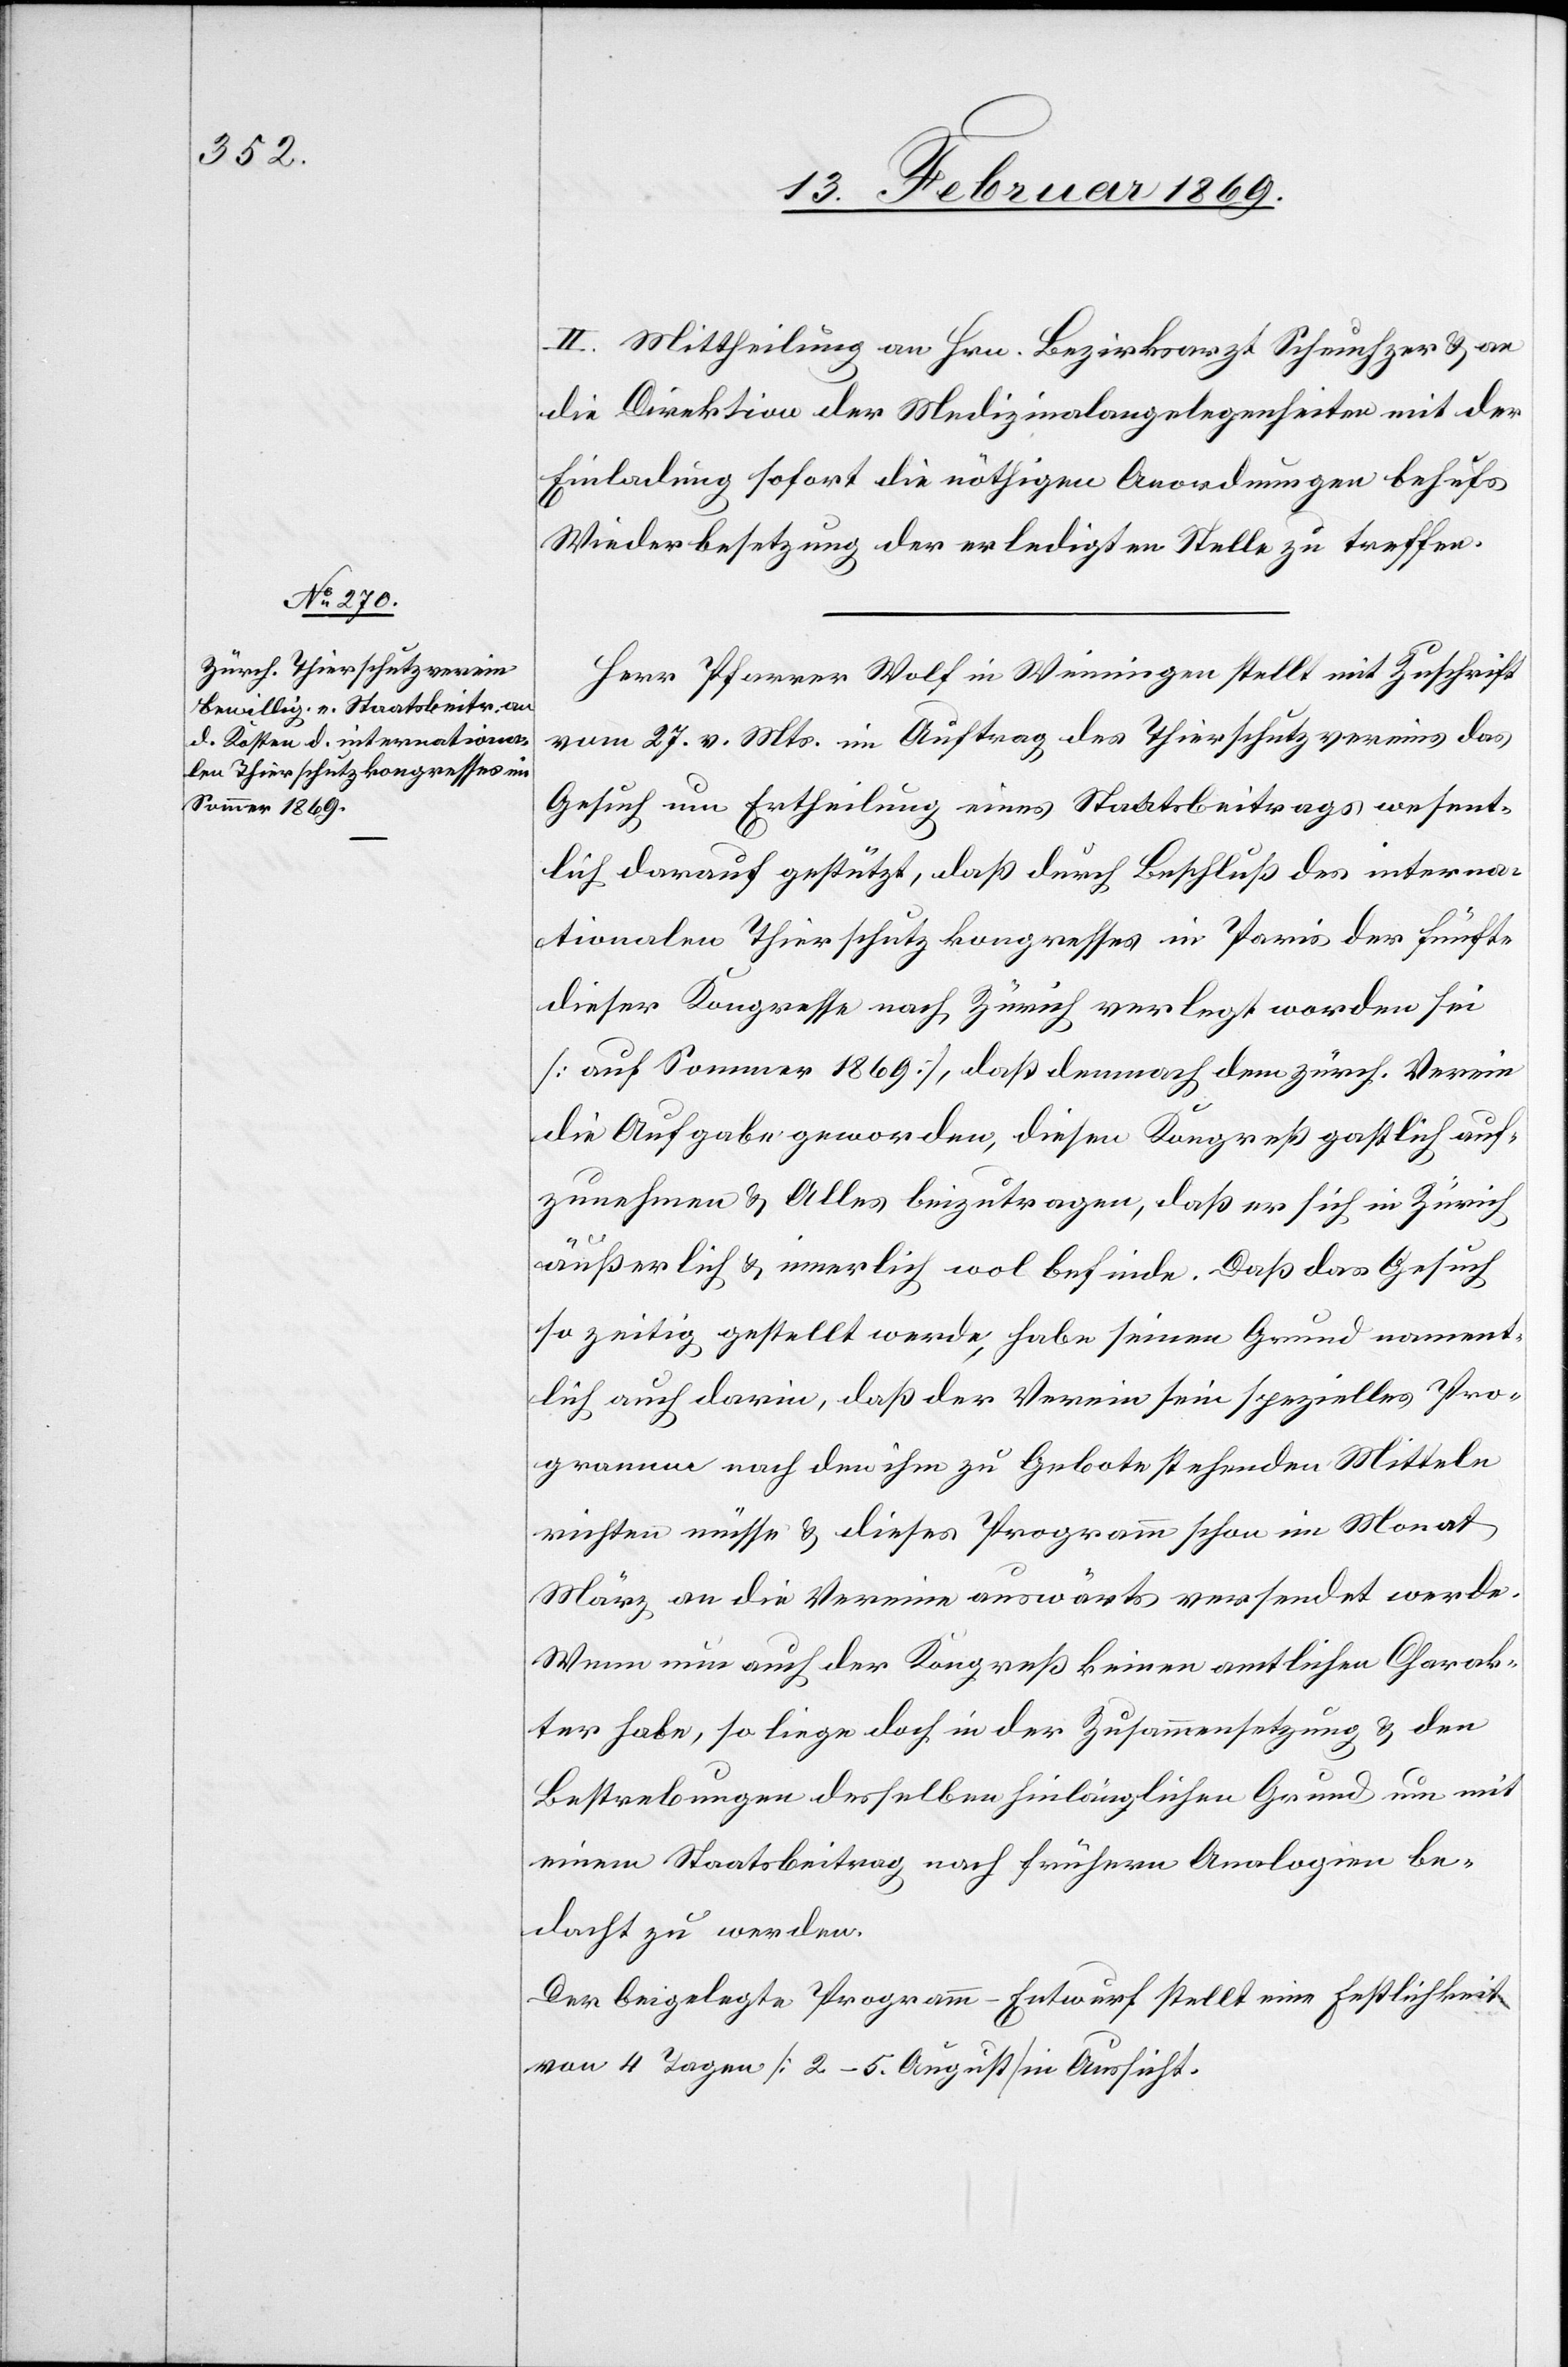
II. Mittheilung an Hrn. Bezirksarzt Scheuchzer u. an
die Direktion der Medizinalangelegenheiten mit der
Einladung sofort die nöthigen Anordnungen behufs
Wiederbesetzung der erledigten Stelle zu treffen.
Herr Pfarrer Wolf in Weiningen stellt mit Zuschrift
vom 27. v. Mts. im Auftrag des Thierschutzvereins das
Gesuch um Ertheilung eines Staatsbeitrags wesent¬
lich darauf gestützt, daß durch Beschluß des interna¬
tionalen Thierschutzkongresses in Paris der fünfte
dieser Kongresse nach Zürich verlegt worden sei
[auf Sommer 1869], daß demnach dem zürch. Verein
die Aufgabe geworden, diesen Kongress gastlich auf¬
zunehmen u. Alles beizutragen, daß er sich in Zürich
äußerlich u. innerlich wol befinde. Daß das Gesuch
so zeitig gestellt werde, habe seinen Grund nament¬
lich auch darin, daß der Verein sein spezielles Pro¬
gramm nach den ihm zu Gebote stehenden Mitteln
richten müsse u. dieses Programm schon im Monat
März an die Vereine auswärts versendet werde.
Wenn nun auch der Kongreß keinen amtlichen Charak¬
ter habe, so liege doch in der Zusammensetzung u. den
Bestrebungen desselben hinlänglichen Grund um mit
einem Staatsbeitrag nach frühern Analogien be¬
dacht zu werden.
Der beigelegte Programm-Entwurf stellt eine Festlichkeit
von 4 Tagen [2.–5. August] in Aussicht.